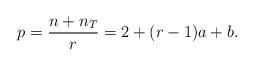
LaTeX: \begin{align*}p = \frac{n + n_T}{r} = 2 + (r-1)a + b.\end{align*}